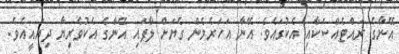
އޭނާގެ ރައްޓެއްސަކާއި އެކުގައެވެ. އޭނާ އަހަރެމެން ގެޔަށް ލާފައި އޭނާގެ އެކުވެރިޔާ ދިޔައީއެވެ.